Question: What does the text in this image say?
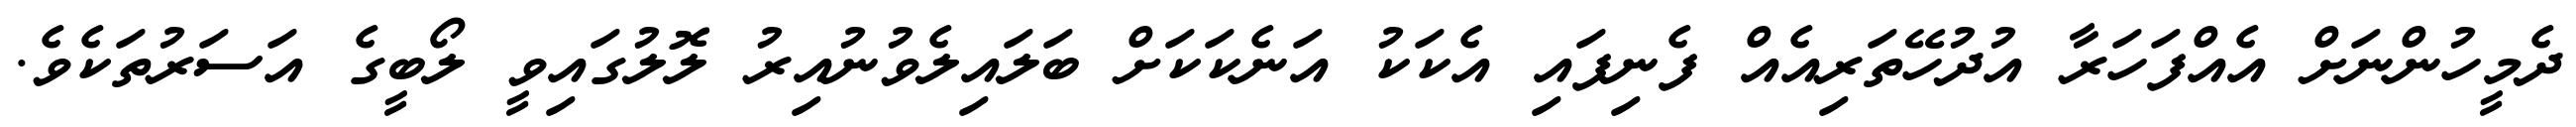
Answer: ދެމީހުންނަށް އެއްފަހަރާ އުދުހޭތަރިއެއް ފެނިފައި އެކަކު އަނެކަކަށް ބަލައިލެވުނުއިރު ލޮލުގައިވީ ލޯބީގެ އަސަރުތަކެވެ.